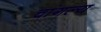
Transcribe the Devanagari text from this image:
चांगल्य